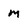
Character: m